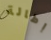
إطالة